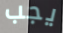
يجب